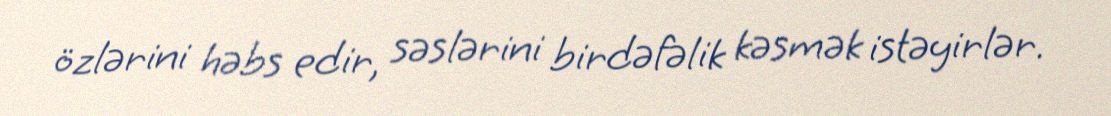
özlərini həbs edir, səslərini birdəfəlik kəsmək istəyirlər.